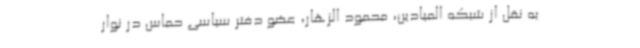
به نقل از شبکه المیادین، محمود الزهار، عضو دفتر سیاسی حماس در نوار